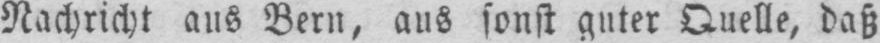
Nachricht aus Bern, aus sonst guter Quelle, daß